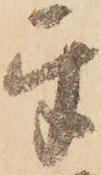
互